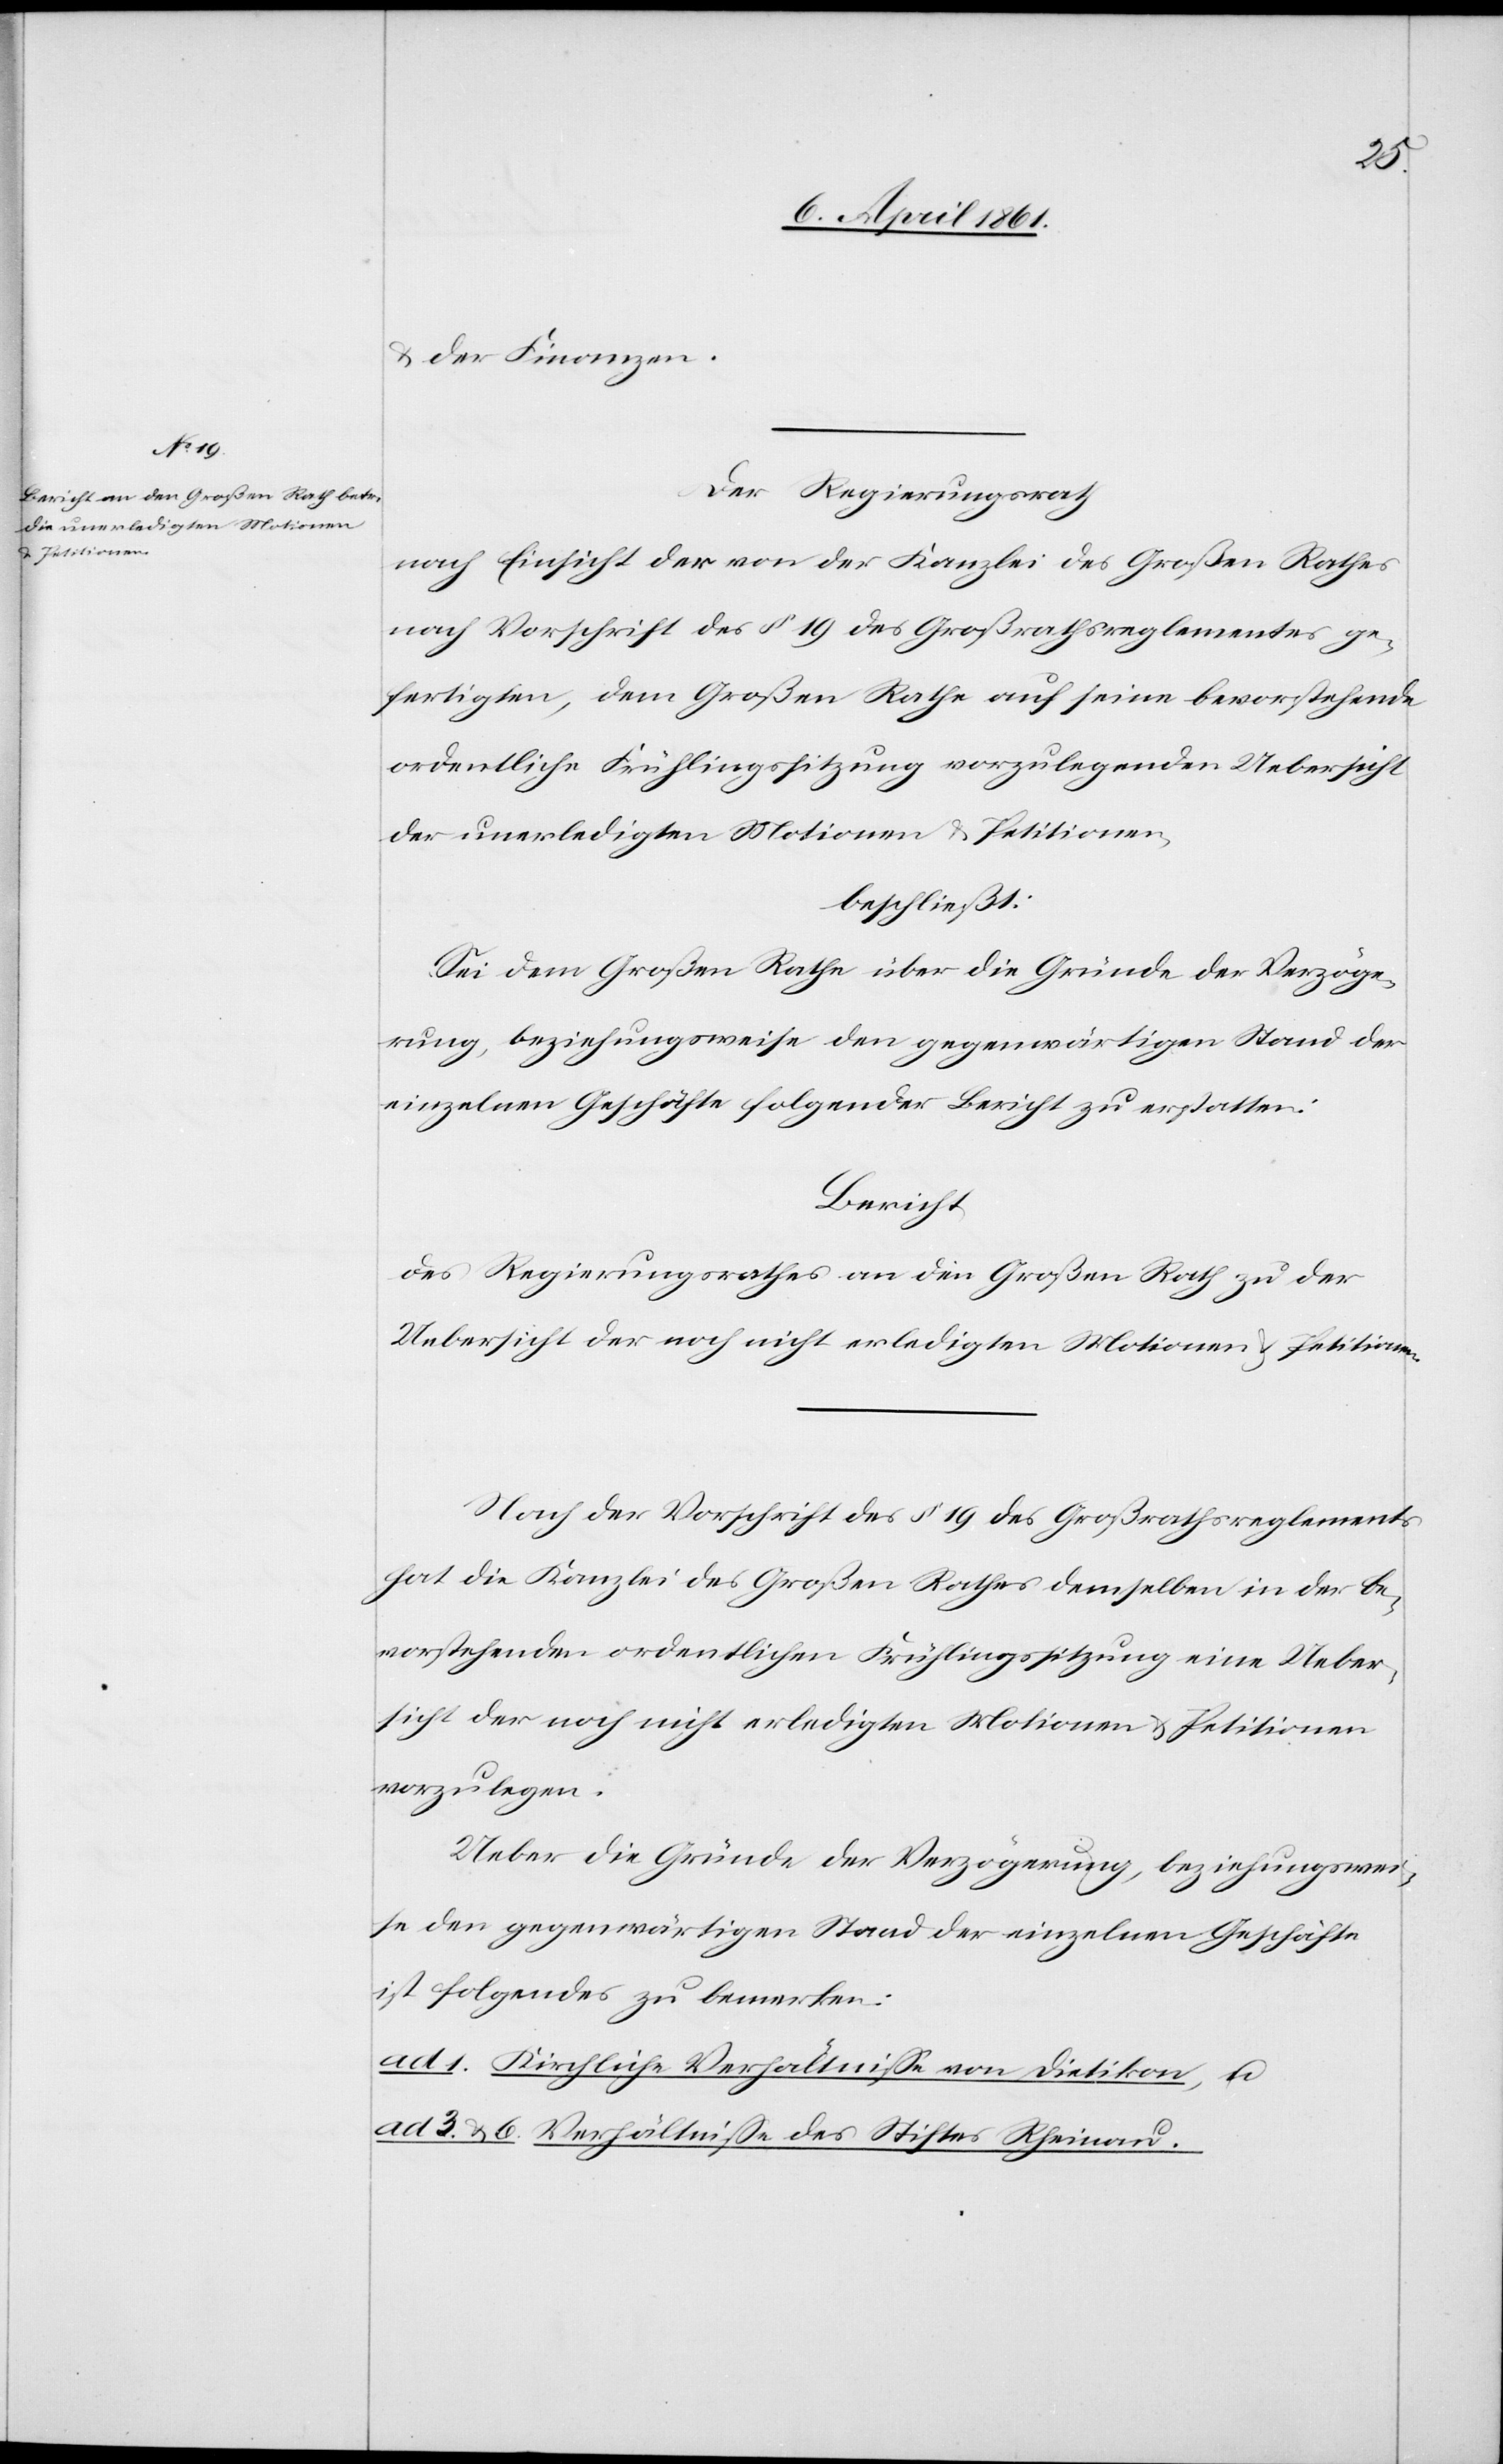
u. der Finanzen.
Der Regierungsrath
nach Einsicht der von der Kanzlei des Großen Rathes
nach Vorschrift des § 19 des Großrathsreglementes ge¬
fertigten, dem Großen Rathe auf seine bevorstehende
ordentliche Frühlingssitzung vorzulegenden Uebersicht
der unerledigten Motionen u. Petitionen,
beschließt:
Sei dem Großen Rathe über die Gründe der Verzöge¬
rung, beziehungsweise den gegenwärtigen Stand der
einzelnen Geschäfte folgender Bericht zu erstatten:
Bericht
des Regierungsrathes an den Großen Rath zu der
Uebersicht der noch nicht erledigten Motionen u. Petitionen.
Nach der Vorschrift des § 19 des Großrathsreglements
hat die Kanzlei des Großen Rathes demselben in der be¬
vorstehenden ordentlichen Frühlingssitzung eine Ueber¬
sicht der noch nicht erledigten Motionen u. Petitionen
vorzulegen.
Ueber die Gründe der Verzögerung, beziehungswei¬
se den gegenwärtigen Stand der einzelnen Geschäfte
ist folgendes zu bemerken:
ad 1. Kirchliche Verhältnisse von Dietikon u.
ad 3 u. 6. Verhältnisse des Stiftes Rheinau.